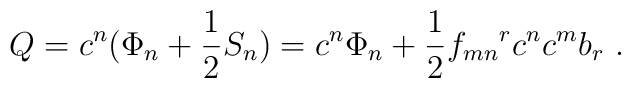
Q = c^{n}(\Phi_n+\frac{1}{2}S_n)=c^n\Phi_n +\frac{1}{2}{f_{mn}}^r c^n c^m b_r~.